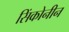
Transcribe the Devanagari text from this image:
सिंकोनीन